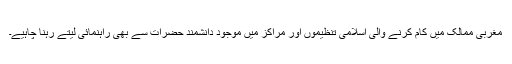
مغربی ممالک میں کام کرنے والی اسلامی تنظیموں اور مراکز میں موجود دانشمند حضرات سے بھی راہنمائی لیتے رہنا چاہیے۔